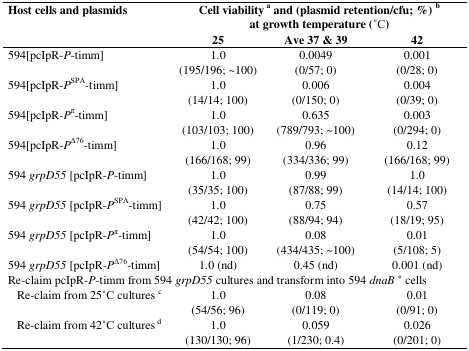
| <ROWSPAN=2> Host cells and plasmids | <COLSPAN=3> Cell viability a and (plasmid retention/cfu; %) b at growth temperature ( ̊C) |
 | 25 | Ave 37 & 39 | 42 |
 | --- | --- | --- | --- |
 | <ROWSPAN=2> 594[pcIpR-P-timm] | 1.0 | 0.0049 | 0.001 |
 | (195/196; ~100) | (0/57; 0) | (0/28; 0) |
 | <ROWSPAN=2> 594[pcIpR-PSPA-timm] | 1.0 | 0.006 | 0.004 |
 | (14/14; 100) | (0/150; 0) | (0/39; 0) |
 | <ROWSPAN=2> 594[pcIpR-Pπ-timm] | 1.0 | 0.635 | 0.003 |
 | (103/103; 100) | (789/793; ~100) | (0/294; 0) |
 | <ROWSPAN=2> 594[pcIpR-PΔ76-timm] | 1.0 | 0.96 | 0.12 |
 | (166/168; 99) | (334/336; 99) | (166/168; 99) |
 | <ROWSPAN=2> 594grpD55 [pcIpR-P-timm] | 1.0 | 0.99 | 1.0 |
 | (35/35; 100) | (87/88; 99) | (14/14; 100) |
 | <ROWSPAN=2> 594grpD55 [pcIpR-PSPA-timm] | 1.0 | 0.75 | 0.57 |
 | (42/42; 100) | (88/94; 94) | (18/19; 95) |
 | <ROWSPAN=2> 594grpD55 [pcIpR-Pπ-timm] | 1.0 | 0.08 | 0.01 |
 | (54/54; 100) | (434/435; ~100) | (5/108; 5) |
 | 594grpD55 [pcIpR-PΔ76-timm] | 1.0 (nd) | 0.45 (nd) | 0.001 (nd) |
 | <COLSPAN=4> Re-claim pcIpR-P-timm from 594 grpD55 cultures and transform into 594 dnaB+ cells |
 | <ROWSPAN=2> Re-claim from 25 ̊C cultures c | 1.0 | 0.08 | 0.01 |
 | (54/56; 96) | (0/119; 0) | (0/91; 0) |
 | <ROWSPAN=2> Re-claim from 42 ̊C cultures d | 1.0 | 0.059 | 0.026 |
 | (130/130; 96) | (1/230; 0.4) | (0/201; 0) |